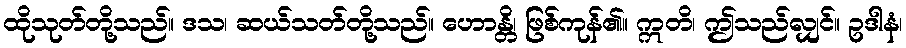
ထိုသုတ်တို့သည်။ ဒသ၊ ဆယ်သတ်တို့သည်။ ဟောန္တိ၊ ဖြစ်ကုန်၏။ ဣတိ၊ ဤသည်လျှင်။ ဥဒါနံ၊